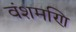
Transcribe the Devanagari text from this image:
वंशमणि